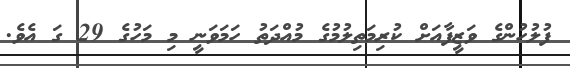
ފުލުހުންގެ ވަޒީފާއަށް ކުރިމަތިލުމުގެ މުއްދަތު ހަމަވަނީ މި މަހުގެ 29 ގަ އެވެ.